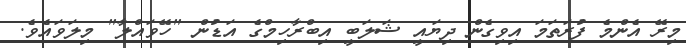
މިރޭ އެންމެ ފުރަތަމަ އިވިގެން ދިޔައީ ޝަލަބީ އިބްރާހިމްގެ އަޑުން "ހޭވައްލާ" މިލަވައެވެ.